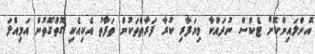
އޮންލައިންކޮށް ޓެކްސް ނުދައްކާ ވިޔަފާރި ކުރާ ފަރާތްތަކުން ތަފާތު އެކިއެކި ގޮތްގޮތުން އަމިއްލަ